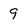
Character: 9